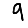
Digit: 9